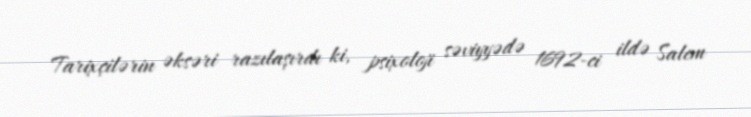
Tarixçilərin əksəri razılaşırdı ki, psixoloji səviyyədə 1692-ci ildə Salem